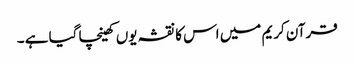
قرآن کریم میں اس کا نقشہ یوں کھینچا گیا ہے ۔